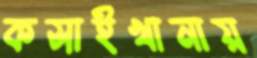
কসাইখানায়